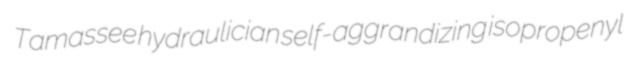
Tamassee hydraulician self-aggrandizing isopropenyl